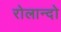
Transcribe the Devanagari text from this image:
रोलान्दो